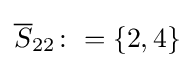
{\overline {S}}_{22}\colon =\{2,4\}